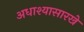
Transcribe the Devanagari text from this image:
अधाश्यासारखे